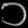
Digit: ၁